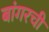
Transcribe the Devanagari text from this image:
बांगरची